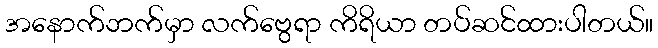
အနောက်ဘက်မှာ လက်ဗွေရာ ကိရိယာ တပ်ဆင်ထားပါတယ်။